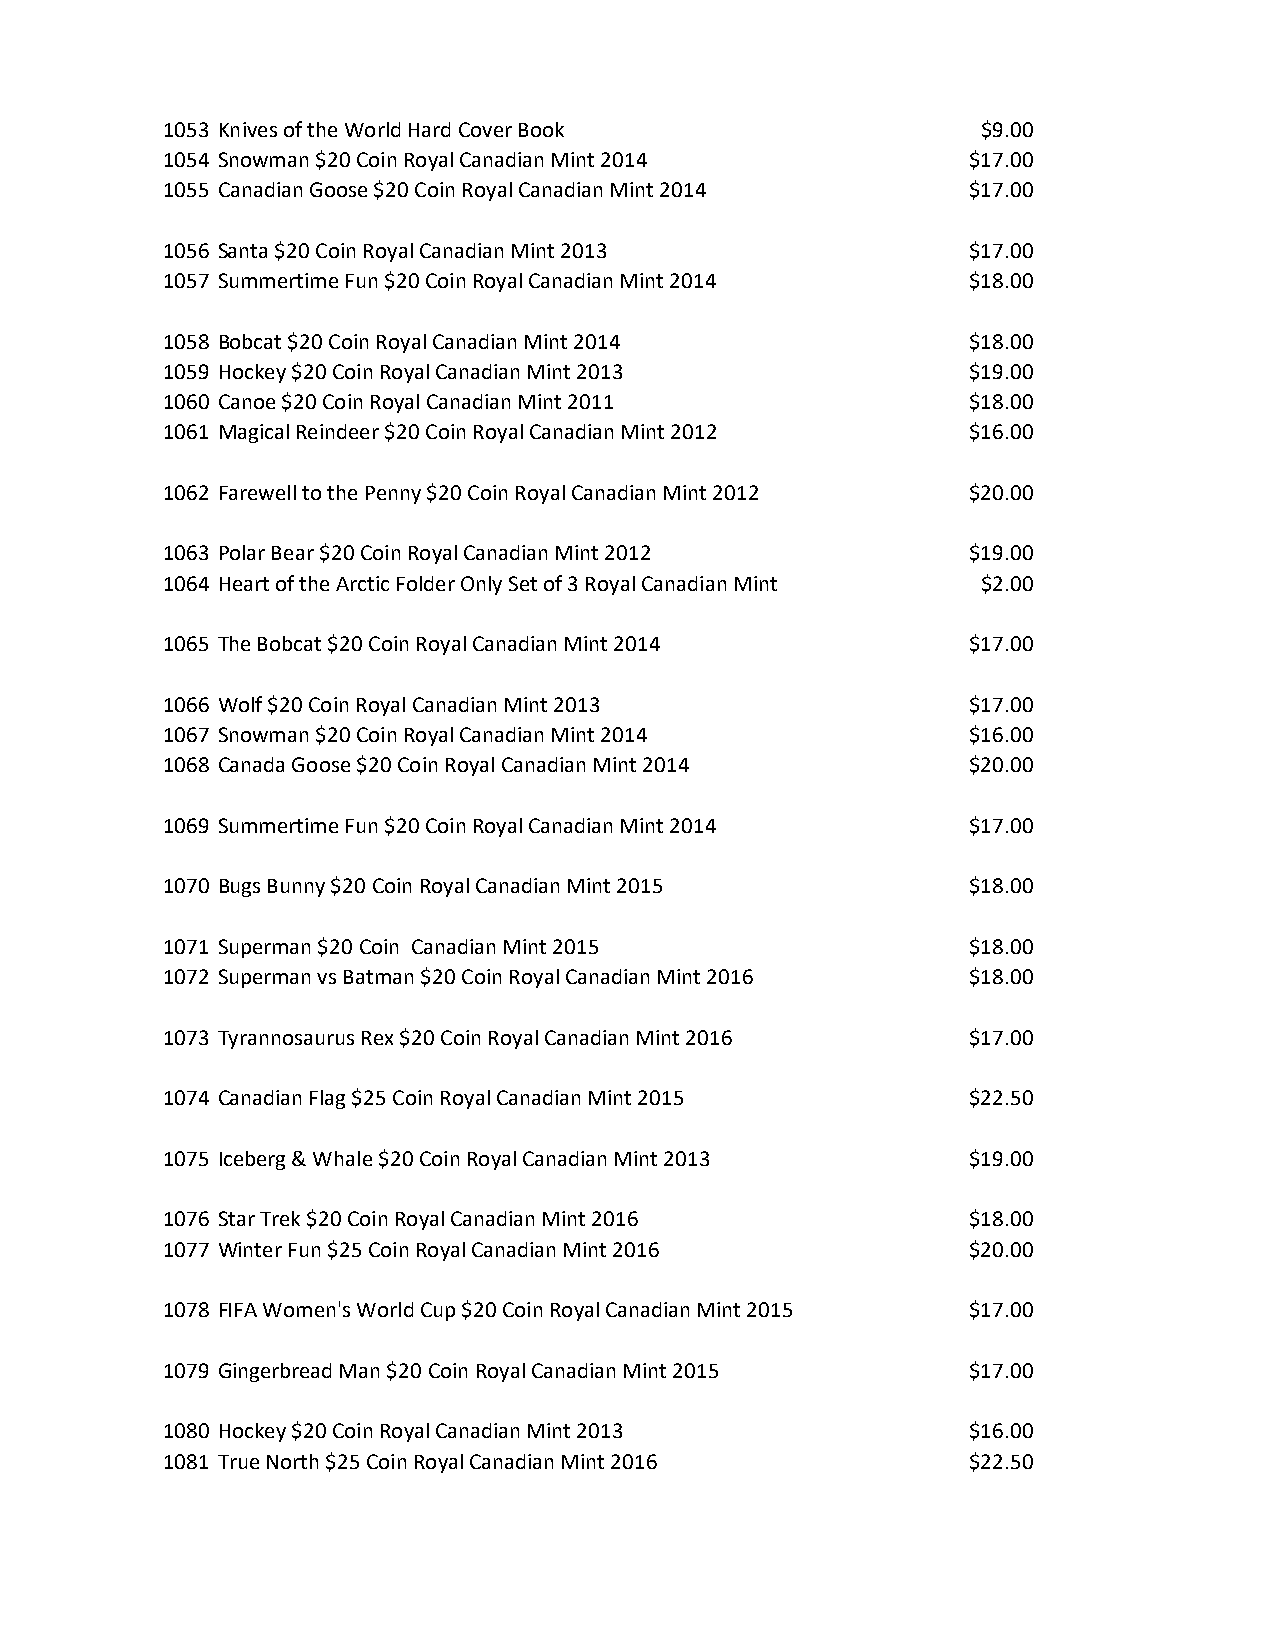
1053 Knives of the World Hard Cover Book              $9.00
 1054 Snowman $20 Coin Royal Canadian Mint 2014       $17.00
 1055 Canadian Goose $20 Coin Royal Canadian Mint 2014 $17.00
 1056 Santa $20 Coin Royal Canadian Mint 2013         $17.00
 1057 Summertime Fun $20 Coin Royal Canadian Mint 2014 $18.00
 1058 Bobcat $20 Coin Royal Canadian Mint 2014        $18.00
 1059 Hockey $20 Coin Royal Canadian Mint 2013        $19.00
 1060 Canoe $20 Coin Royal Canadian Mint 2011         $18.00
 1061 Magical Reindeer $20 Coin Royal Canadian Mint 2012 $16.00
 1062 Farewell to the Penny $20 Coin Royal Canadian Mint 2012 $20.00
 1063 Polar Bear $20 Coin Royal Canadian Mint 2012    $19.00
 1064 Heart of the Arctic Folder Only Set of 3 Royal Canadian Mint $2.00
 1065 The Bobcat $20 Coin Royal Canadian Mint 2014    $17.00
 1066 Wolf $20 Coin Royal Canadian Mint 2013          $17.00
 1067 Snowman $20 Coin Royal Canadian Mint 2014       $16.00
 1068 Canada Goose $20 Coin Royal Canadian Mint 2014  $20.00
 1069 Summertime Fun $20 Coin Royal Canadian Mint 2014 $17.00
 1070 Bugs Bunny $20 Coin Royal Canadian Mint 2015    $18.00
 1071 Superman $20 Coin Canadian Mint 2015            $18.00
 1072 Superman vs Batman $20 Coin Royal Canadian Mint 2016 $18.00
 1073 Tyrannosaurus Rex $20 Coin Royal Canadian Mint 2016 $17.00
 1074 Canadian Flag $25 Coin Royal Canadian Mint 2015 $22.50
 1075 Iceberg & Whale $20 Coin Royal Canadian Mint 2013 $19.00
 1076 Star Trek $20 Coin Royal Canadian Mint 2016     $18.00
 1077 Winter Fun $25 Coin Royal Canadian Mint 2016    $20.00
 1078 FIFA Women's World Cup $20 Coin Royal Canadian Mint 2015 $17.00
 1079 Gingerbread Man $20 Coin Royal Canadian Mint 2015 $17.00
 1080 Hockey $20 Coin Royal Canadian Mint 2013        $16.00
 1081 True North $25 Coin Royal Canadian Mint 2016    $22.50